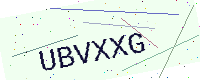
Text: UBVXXG